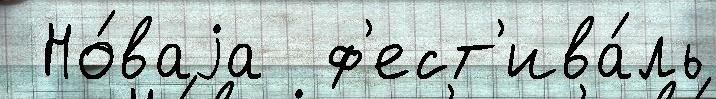
 Но́ваjа  ф'ест'ива́ль